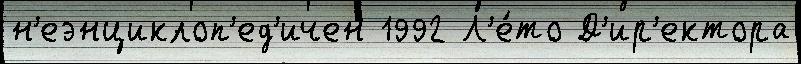
н'еэнциклоп'ед'ичен 1992 Л'е́то Д'ир'ектора